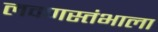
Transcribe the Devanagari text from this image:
लवणस्तंभाला